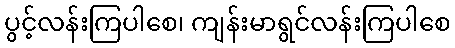
ပွင့်လန်းကြပါစေ၊ ကျန်းမာရွင်လန်းကြပါစေ